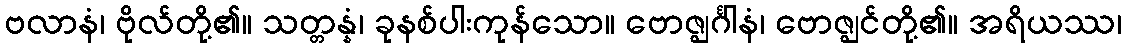
ဗလာနံ၊ ဗိုလ်တို့၏။ သတ္တန္နံ၊ ခုနစ်ပါးကုန်သော။ ဗောဇ္ဈင်္ဂါနံ၊ ဗောဇ္ဈင်တို့၏။ အရိယဿ၊